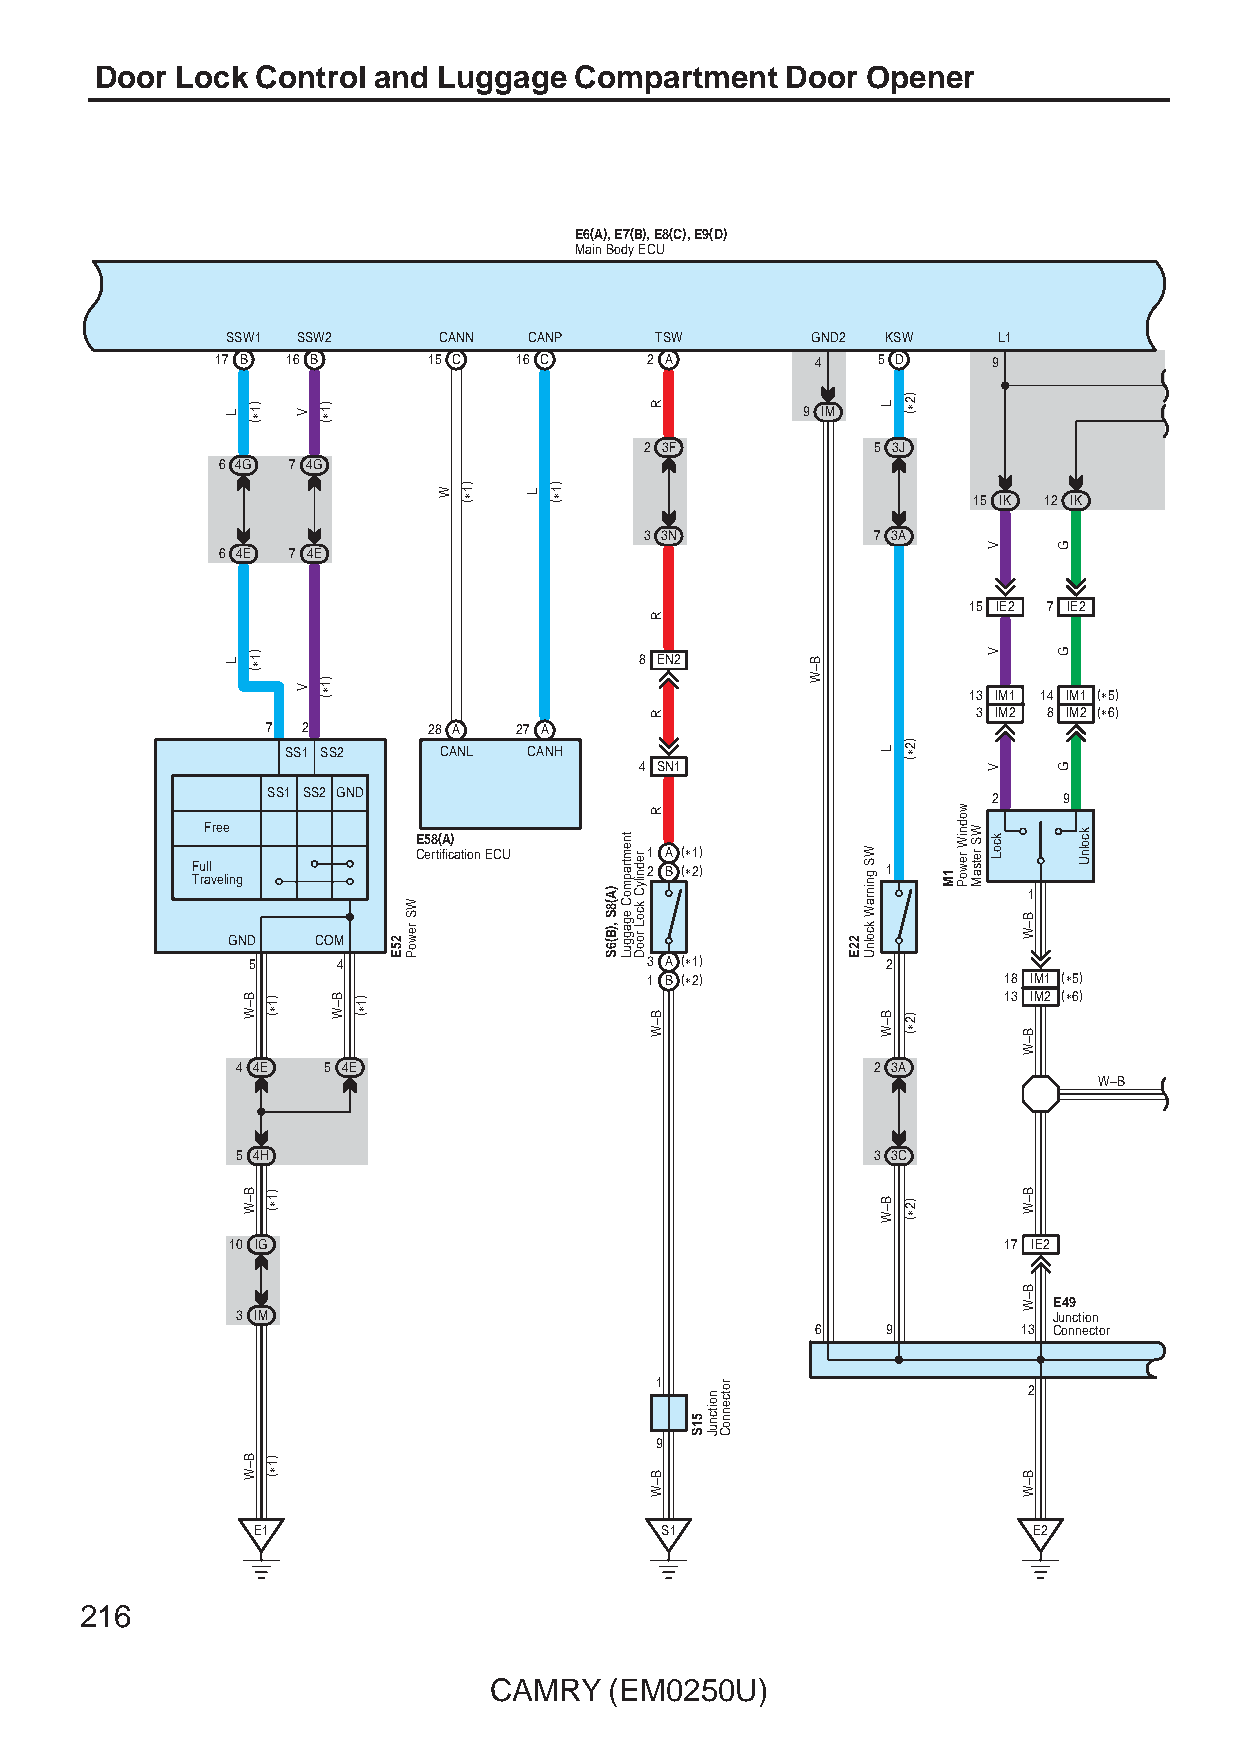
Door  Lock Control and Luggage  Compartment   Door Opener
 E6(A), E7(B), E8(C), E9(D)
 Main Body ECU
 SSW1 SSW2     CANN  CANP    TSW        GND2 KSW    L1
 17 B 16 B     15 C  16 C     2 A        4   5 D     9
 9 IM
 2 3F           5 3J
 6 4G 7 4G
 15 IK 12 IK
 3 3N           7 3A
 6 4E 7 4E
 15 IE2 7 IE2
 8 EN2
 13 IM1 14 IM1 (∗5)
 3 IM2 8 IM2 (∗6)
 7 2       28 A  27 A
 SS1 SS2   CANL  CANH
 4 SN1
 SS1 SS2 GND                                     2   9
 Free          E58(A)
 Certification ECU 1 A (∗1)
 Full                          2 B (∗2)        1 Traveling
 1
 GND   COM
 5     4                    3 A (∗1)        2
 1 B (∗2)               18 IM1 (∗5)
 13 IM2 (∗6)
 4 4E 5 4E                                 2 3A
 W–B
 5 4H                                      3 3C
 10 IG                                              17 IE2
 E49
 3 IM                                                  Junction
 6    9        13 Connector
 1                        2
 9
 E1                         S1                      E2
 216
 CAMRY   (EM0250U)
 L
 L
 )1∗(
 )1∗(
 B–W
 B–W
 B–W
 )1∗(
 )1∗(
 )1∗(
 V
 V
 )1∗(
 )1∗(
 B–W )1∗(
 25E
 WS
 rewoP
 W )1∗( L )1∗(
 )A(8S
 ,)B(6S
 tnemtrapmoC
 egagguL
 rednilyC
 kcoL
 rooD
 R
 R
 R
 R
 B–W
 B–W
 51S
 noitcnuJ
 rotcennoC
 B–W
 22E
 WS
 gninraW
 kcolnU
 L
 L
 B–W
 B–W
 )2∗(
 )2∗(
 )2∗(
 )2∗(
 1M
 wodniW
 rewoP
 WS
 retsaM
 V
 V
 V
 kcoL
 B–W
 B–W
 B–W
 B–W
 B–W
 G
 G
 G
 kcolnU